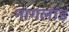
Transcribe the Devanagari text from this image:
नागलांड